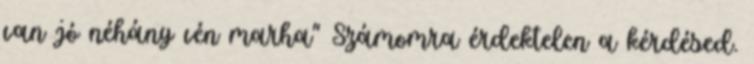
van jó néhány vén marha” Számomra érdektelen a kérdésed.